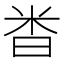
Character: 𫂵